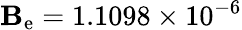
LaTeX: \mathbf{B}_{\mathrm{{e}}}=1.1098\times10^{-6}